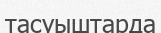
тасуыштарда